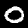
Digit: 0